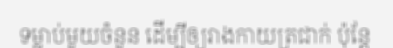
ទម្លាប់មួយចំនួន ដើម្បីឲ្យរាងកាយត្រជាក់ ប៉ុន្តែ